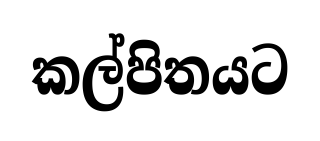
කල්පිතයට